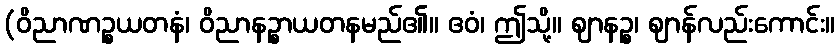
(ဝိညာဏဉ္စယတနံ၊ ဝိညာနဉ္စာယတနမည်၏။ ဧဝံ၊ ဤသို့။ ဈာနဉ္စ၊ ဈာန်လည်းကောင်း။